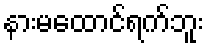
နားမထောင်ရက်ဘူး